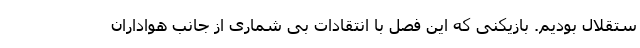
ستقلال بودیم. بازیکنی که این فصل با انتقادات بی شماری از جانب هواداران